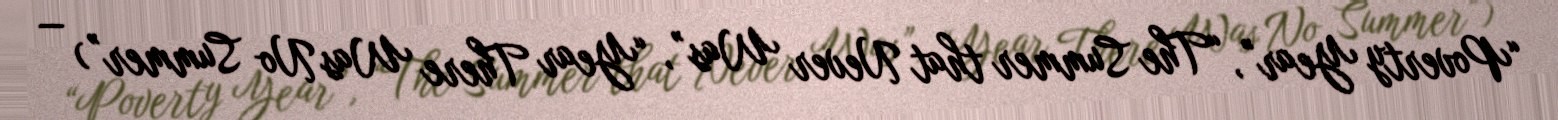
“Poverty Year”, “The Summer that Never Was”, “Year There Was No Summer”) —